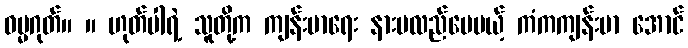
ဓမ္မဂုတ်။ ။ ဟုတ်ပါရဲ့ သူတို့က ကျန်းမာရေး နားမလည်ပေမယ့် ကံကကျန်းမာ အောင်